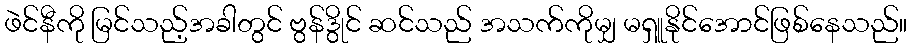
ဖဲင်နီကို မြင်သည့်အခါတွင် ဗွန်ဒွိုင် ဆင်သည် အသက်ကိုမျှ မရှူနိုင်အောင်ဖြစ်နေသည်။